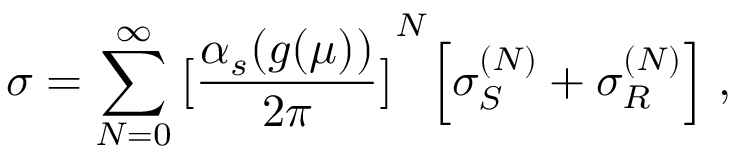
\sigma = \sum _ { N = 0 } ^ { \infty } { \bigl [ { \frac { \alpha _ { s } ( g ( \mu ) ) } { 2 \pi } } \bigr ] } ^ { N } \Bigl [ \sigma _ { S } ^ { ( N ) } + \sigma _ { R } ^ { ( N ) } \Bigr ] \; ,